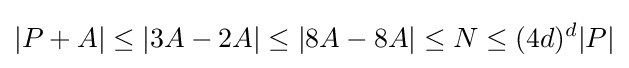
|P+A|\leq |3A-2A|\leq |8A-8A|\leq N\leq (4d)^{d}|P|